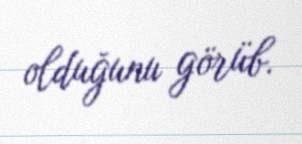
olduğunu görüb.